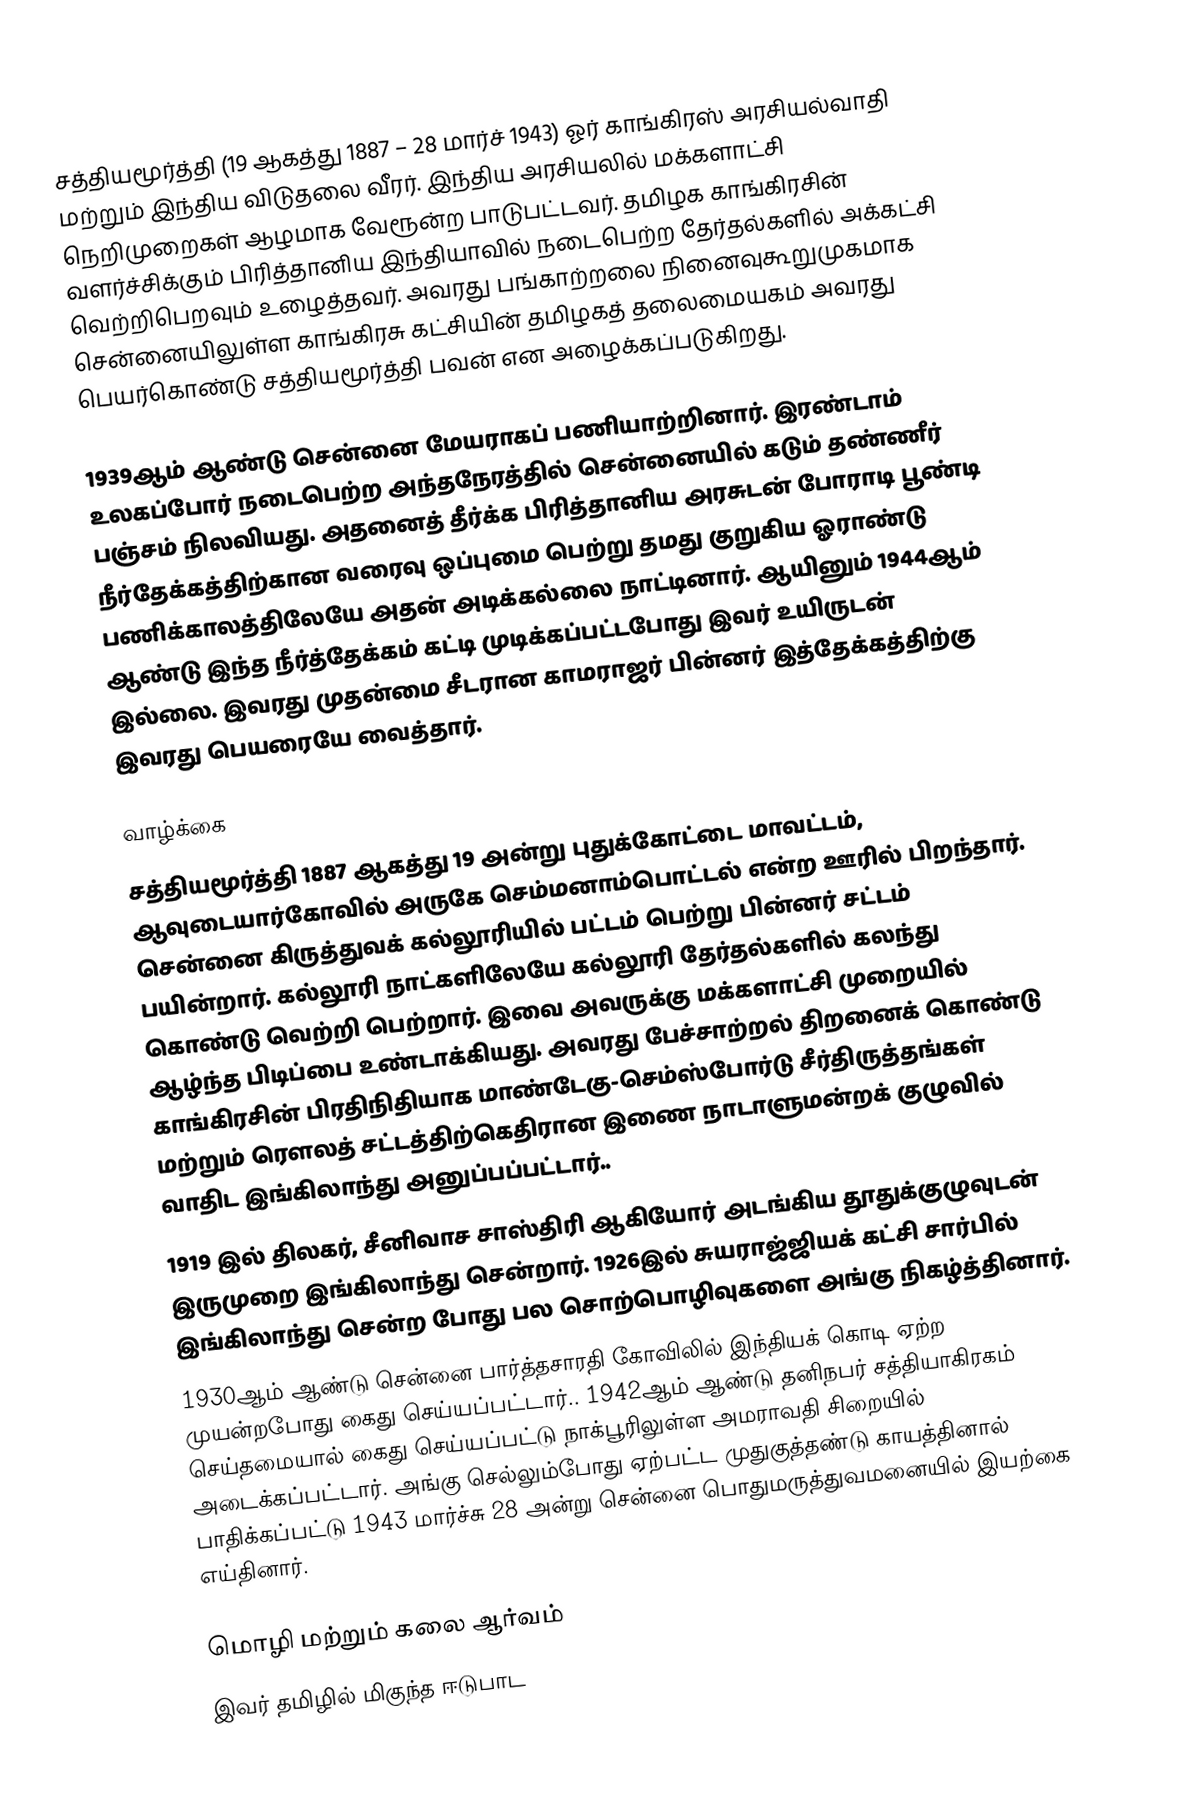
சத்தியமூர்த்தி (19 ஆகத்து 1887 – 28 மார்ச் 1943) ஓர் காங்கிரஸ் அரசியல்வாதி மற்றும் இந்திய விடுதலை வீரர். இந்திய அரசியலில் மக்களாட்சி நெறிமுறைகள் ஆழமாக வேரூன்ற பாடுபட்டவர். தமிழக காங்கிரசின் வளர்ச்சிக்கும் பிரித்தானிய இந்தியாவில் நடைபெற்ற தேர்தல்களில் அக்கட்சி வெற்றிபெறவும் உழைத்தவர். அவரது பங்காற்றலை நினைவுகூறுமுகமாக சென்னையிலுள்ள காங்கிரசு கட்சியின் தமிழகத் தலைமையகம் அவரது பெயர்கொண்டு சத்தியமூர்த்தி பவன் என அழைக்கப்படுகிறது.

1939ஆம் ஆண்டு சென்னை மேயராகப் பணியாற்றினார். இரண்டாம் உலகப்போர் நடைபெற்ற அந்தநேரத்தில் சென்னையில் கடும் தண்ணீர் பஞ்சம் நிலவியது. அதனைத் தீர்க்க பிரித்தானிய அரசுடன் போராடி பூண்டி நீர்தேக்கத்திற்கான வரைவு ஒப்புமை பெற்று தமது குறுகிய ஓராண்டு பணிக்காலத்திலேயே அதன் அடிக்கல்லை நாட்டினார். ஆயினும் 1944ஆம் ஆண்டு இந்த நீர்த்தேக்கம் கட்டி முடிக்கப்பட்டபோது இவர் உயிருடன் இல்லை. இவரது முதன்மை சீடரான காமராஜர் பின்னர் இத்தேக்கத்திற்கு இவரது பெயரையே வைத்தார்.

வாழ்க்கை
சத்தியமூர்த்தி 1887 ஆகத்து 19 அன்று புதுக்கோட்டை மாவட்டம், ஆவுடையார்கோவில் அருகே செம்மனாம்பொட்டல் என்ற ஊரில் பிறந்தார். சென்னை கிருத்துவக் கல்லூரியில் பட்டம் பெற்று பின்னர் சட்டம் பயின்றார். கல்லூரி நாட்களிலேயே கல்லூரி தேர்தல்களில் கலந்து கொண்டு வெற்றி பெற்றார். இவை அவருக்கு மக்களாட்சி முறையில் ஆழ்ந்த பிடிப்பை உண்டாக்கியது. அவரது பேச்சாற்றல் திறனைக் கொண்டு காங்கிரசின் பிரதிநிதியாக மாண்டேகு-செம்ஸ்போர்டு சீர்திருத்தங்கள் மற்றும் ரௌலத் சட்டத்திற்கெதிரான இணை நாடாளுமன்றக் குழுவில் வாதிட இங்கிலாந்து அனுப்பப்பட்டார்..
1919 இல் திலகர், சீனிவாச சாஸ்திரி ஆகியோர் அடங்கிய தூதுக்குழுவுடன் இருமுறை இங்கிலாந்து சென்றார். 1926இல் சுயராஜ்ஜியக் கட்சி சார்பில் இங்கிலாந்து சென்ற போது பல சொற்பொழிவுகளை அங்கு நிகழ்த்தினார்.
1930ஆம் ஆண்டு சென்னை பார்த்தசாரதி கோவிலில் இந்தியக் கொடி ஏற்ற முயன்றபோது கைது செய்யப்பட்டார்.. 1942ஆம் ஆண்டு தனிநபர் சத்தியாகிரகம் செய்தமையால் கைது செய்யப்பட்டு நாக்பூரிலுள்ள அமராவதி சிறையில் அடைக்கப்பட்டார். அங்கு செல்லும்போது ஏற்பட்ட முதுகுத்தண்டு காயத்தினால் பாதிக்கப்பட்டு 1943 மார்ச்சு 28 அன்று சென்னை பொதுமருத்துவமனையில் இயற்கை எய்தினார்.

மொழி மற்றும் கலை ஆர்வம்
இவர் தமிழில் மிகுந்த ஈடுபாட